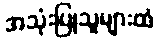
အသုံးပြုသူများထံ